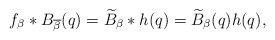
LaTeX: \begin{align*} f_{\beta}*B_{\overline{\beta}}(q)=\widetilde B_{\beta}*h(q)=\widetilde B_{\beta}(q)h(q), \end{align*}